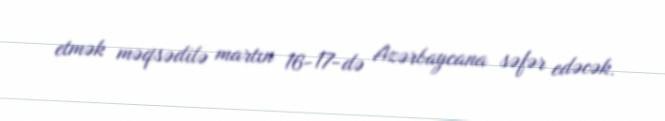
etmək məqsədilə martın 16-17-də Azərbaycana səfər edəcək.